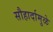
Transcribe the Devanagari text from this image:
सौहार्दामुळे